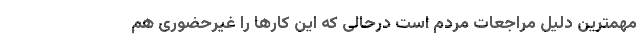
مهمترین دلیل مراجعات مردم است درحالی که این کارها را غیرحضوری هم